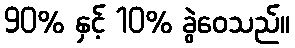
90% နှင့် 10% ခွဲဝေသည်။